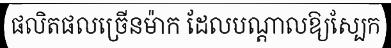
ផលិតផលច្រើនម៉ាក ដែលបណ្តាលឱ្យស្បែក